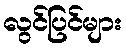
လွင်ပြင်များ